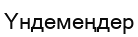
Үндемеңдер